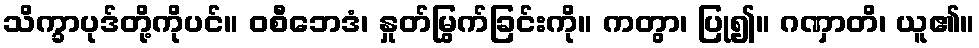
သိက္ခာပုဒ်တို့ကိုပင်။ ဝစီဘေဒံ၊ နှုတ်မြွက်ခြင်းကို။ ကတွာ၊ ပြု၍။ ဂဏှာတိ၊ ယူ၏။